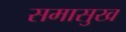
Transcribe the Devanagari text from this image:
समासुख